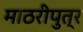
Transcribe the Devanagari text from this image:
माठरीपुत्र